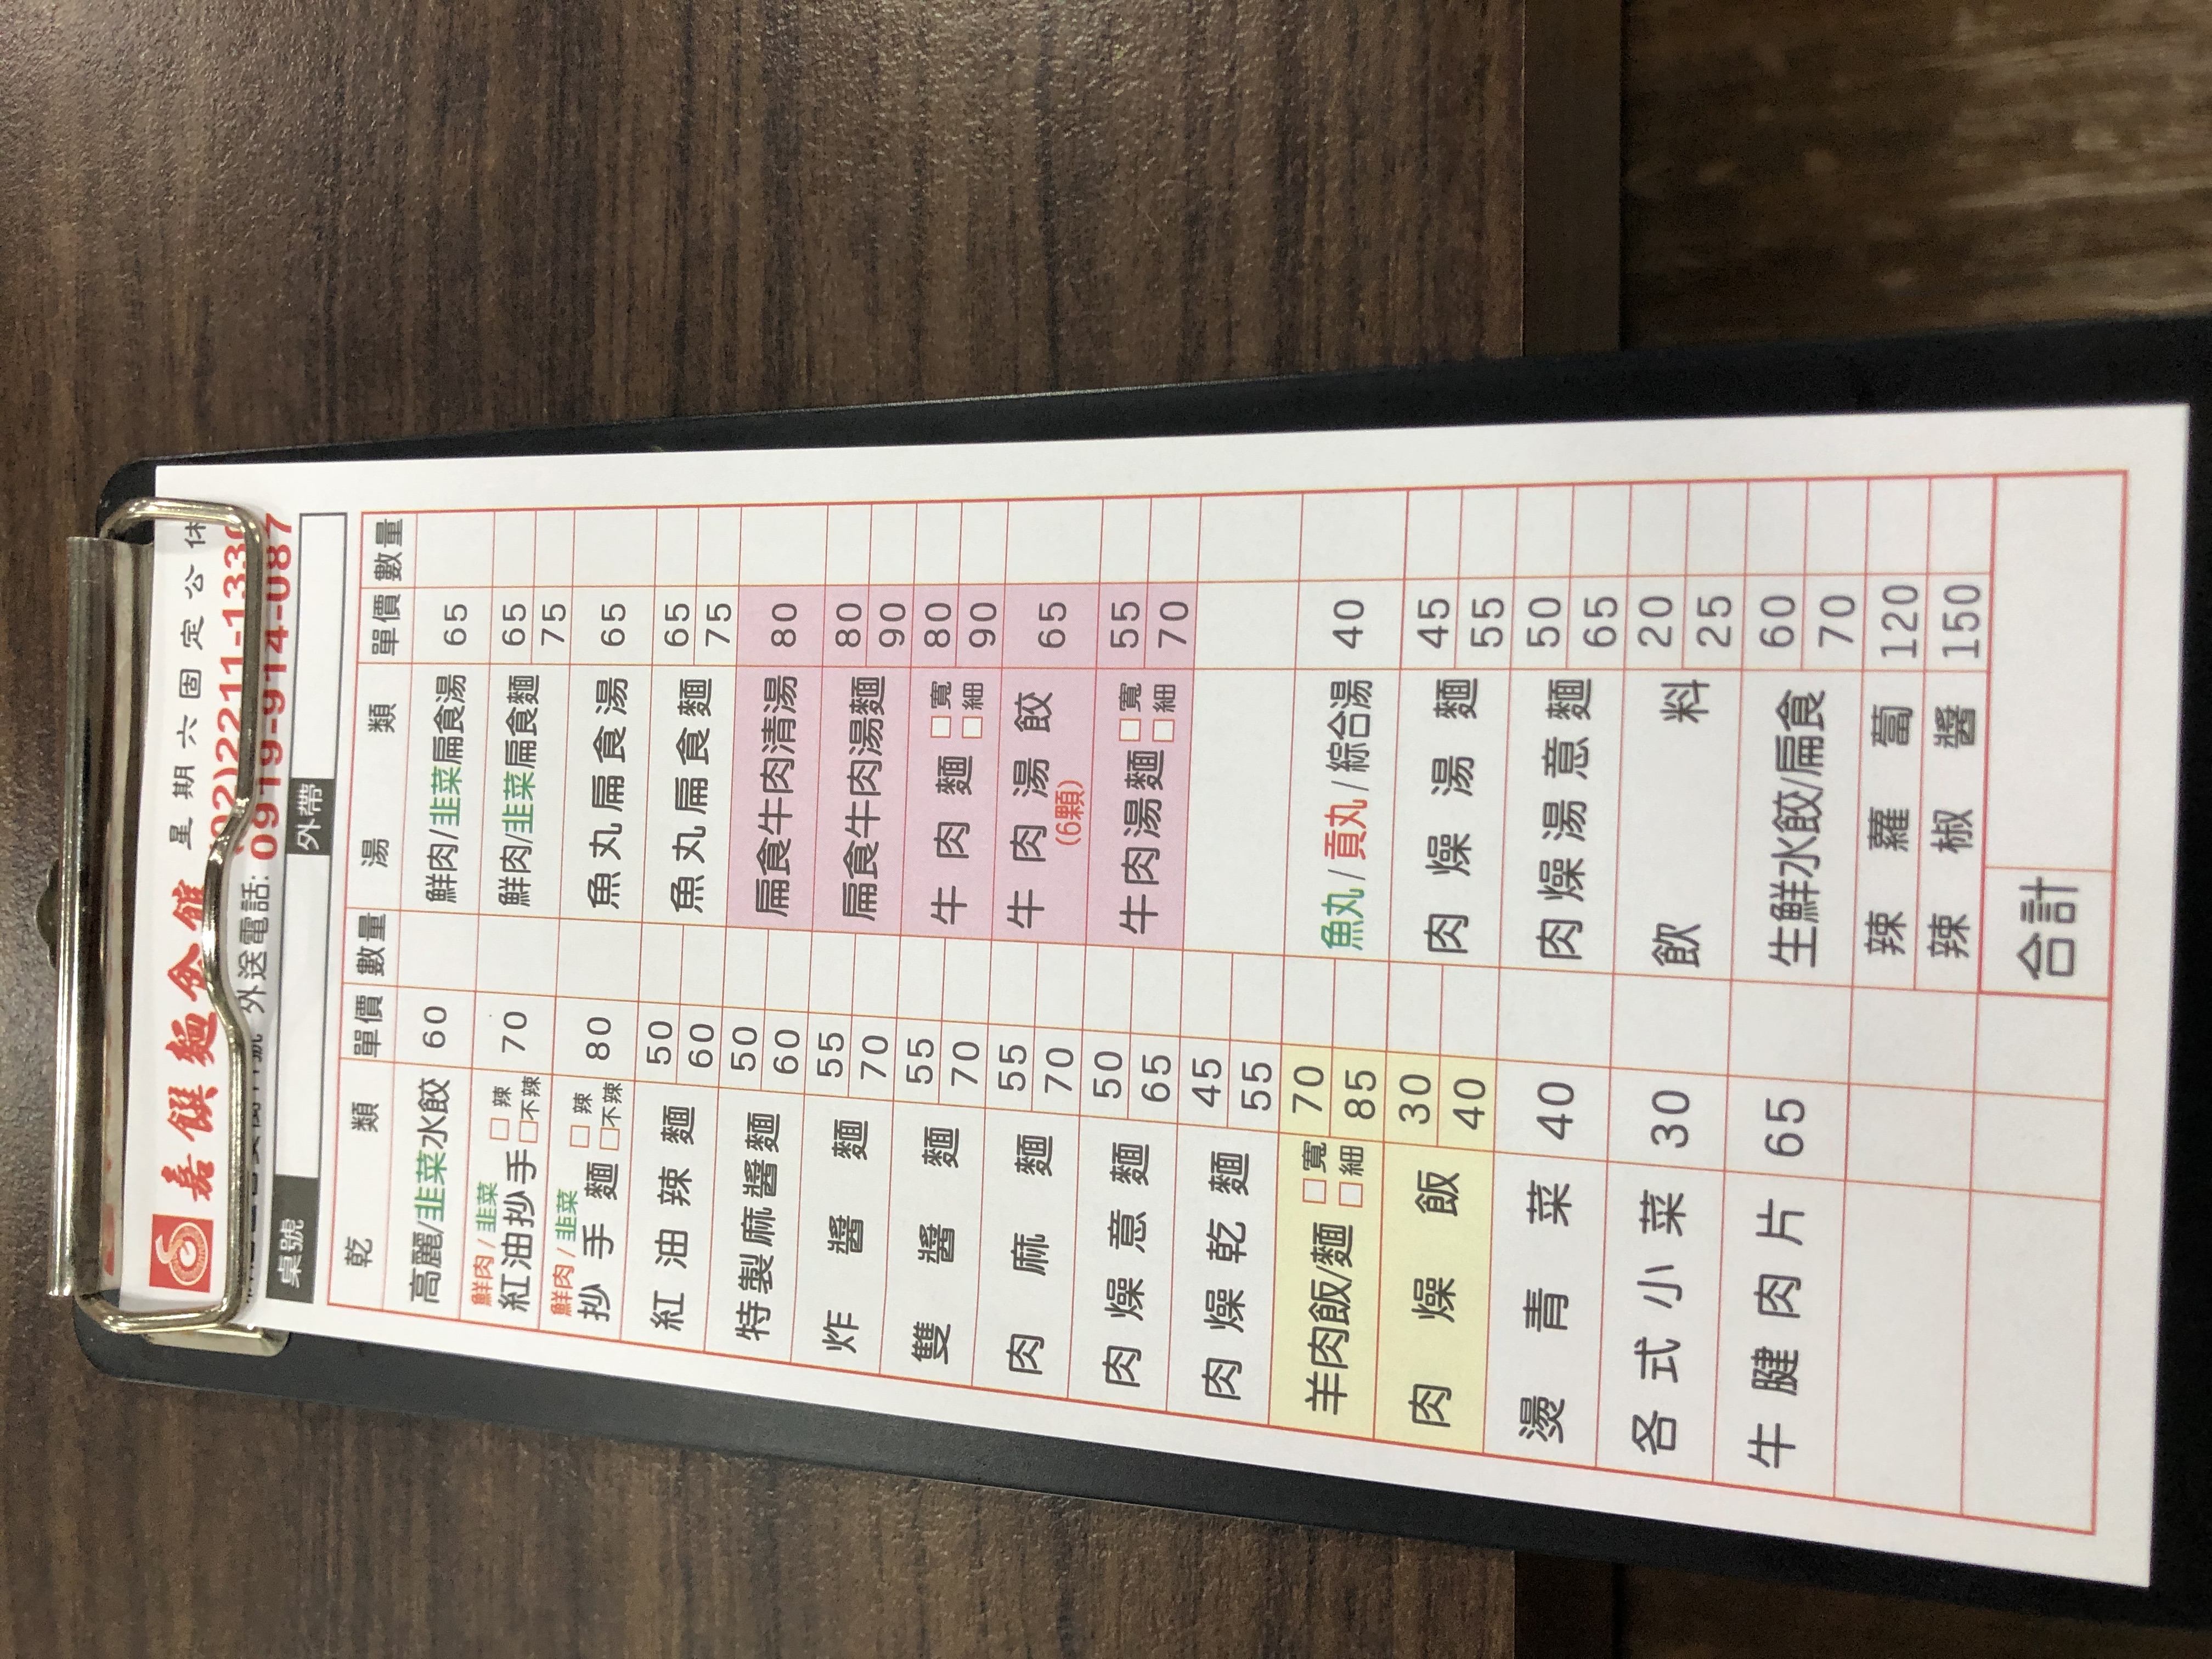
餐廳：嘉興麵館
電話：0919-914-080
營業時間：星期六固定公休
菜單：
name: 高麗水餃
price: 60
name: 韭菜水餃
price: 60
name: 高麗水餃湯
price: 65
name: 韭菜水餃湯
price: 65
name: 鮮肉扁食湯
price: 65
name: 韭菜扁食湯
price: 65
name: 紅油抄手乾
price: 70
name: 紅油抄手湯
price: 75
name: 鮮肉扁食麵
price: 70
name: 韭菜扁食麵
price: 70
name: 魚丸扁食麵
price: 65
name: 魚丸扁食湯
price: 65
name: 炸醬麵
price: 50
name: 扁食牛肉清湯
price: 80
name: 特製麻醬麵
price: 50
name: 扁食牛肉湯麵
price: 90
name: 雙醬麵
price: 55
name: 牛肉麵 (寬)
price: 80
name: 牛肉麵 (細)
price: 90
name: 麻醬麵
price: 50
name: 牛肉湯麵 (寬)
price: 65
name: 牛肉湯麵 (細)
price: 70
name: 肉燥乾麵
price: 45
name: 肉燥湯餃 (6顆)
price: 55
name: 羊肉飯
price: 70
name: 羊肉麵 (寬)
price: 70
name: 羊肉麵 (細)
price: 85
name: 肉燥飯
price: 40
name: 燙青菜
price: 40
name: 魚丸湯
price: 40
name: 貢丸湯
price: 40
name: 綜合湯
price: 40
name: 肉燥湯
price: 45
name: 肉燥湯麵
price: 55
name: 肉燥意麵
price: 50
name: 各式小菜
price: 30
name: 飲料
price: 20
name: 牛腱肉片
price: 65
name: 生鮮水餃
price: 60
name: 生鮮扁食
price: 70
name: 辣羅蔔
price: 120
name: 辣椒醬
price: 150